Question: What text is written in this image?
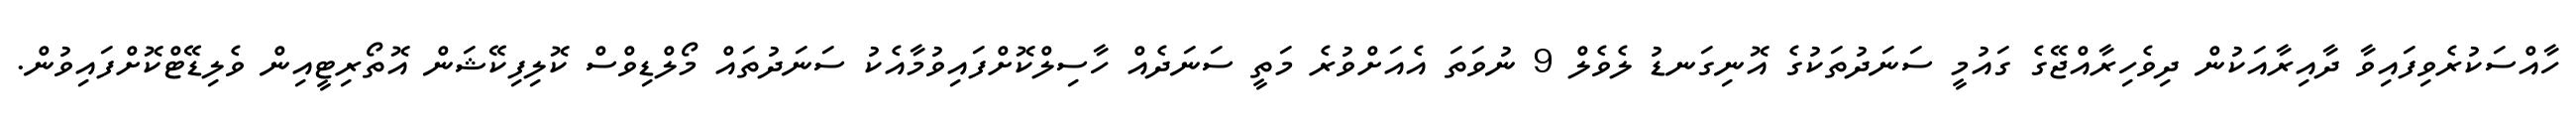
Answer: ހާއްސަކުރެވިފައިވާ ދާއިރާއަކުން ދިވެހިރާއްޖޭގެ ގައުމީ ސަނަދުތަކުގެ އޮނިގަނޑު ލެވެލް 9 ނުވަތަ އެއަށްވުރެ މަތީ ސަނަދެއް ހާސިލްކޮށްފައިވުމާއެކު ސަނަދުތައް މޯލްޑިވްސް ކޮލިފިކޭޝަން އޮތޯރިޓީއިން ވެލިޑޭޓްކޮށްފައިވުން.